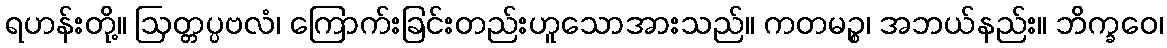
ရဟန်းတို့။ ဩတ္တပ္ပဗလံ၊ ကြောက်းခြင်းတည်းဟူသောအားသည်။ ကတမဉ္စ၊ အဘယ်နည်း။ ဘိက္ခဝေ၊